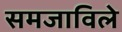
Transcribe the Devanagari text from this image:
समजाविले